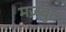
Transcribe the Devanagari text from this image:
मज़बुत